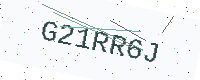
Text: G21RR6J